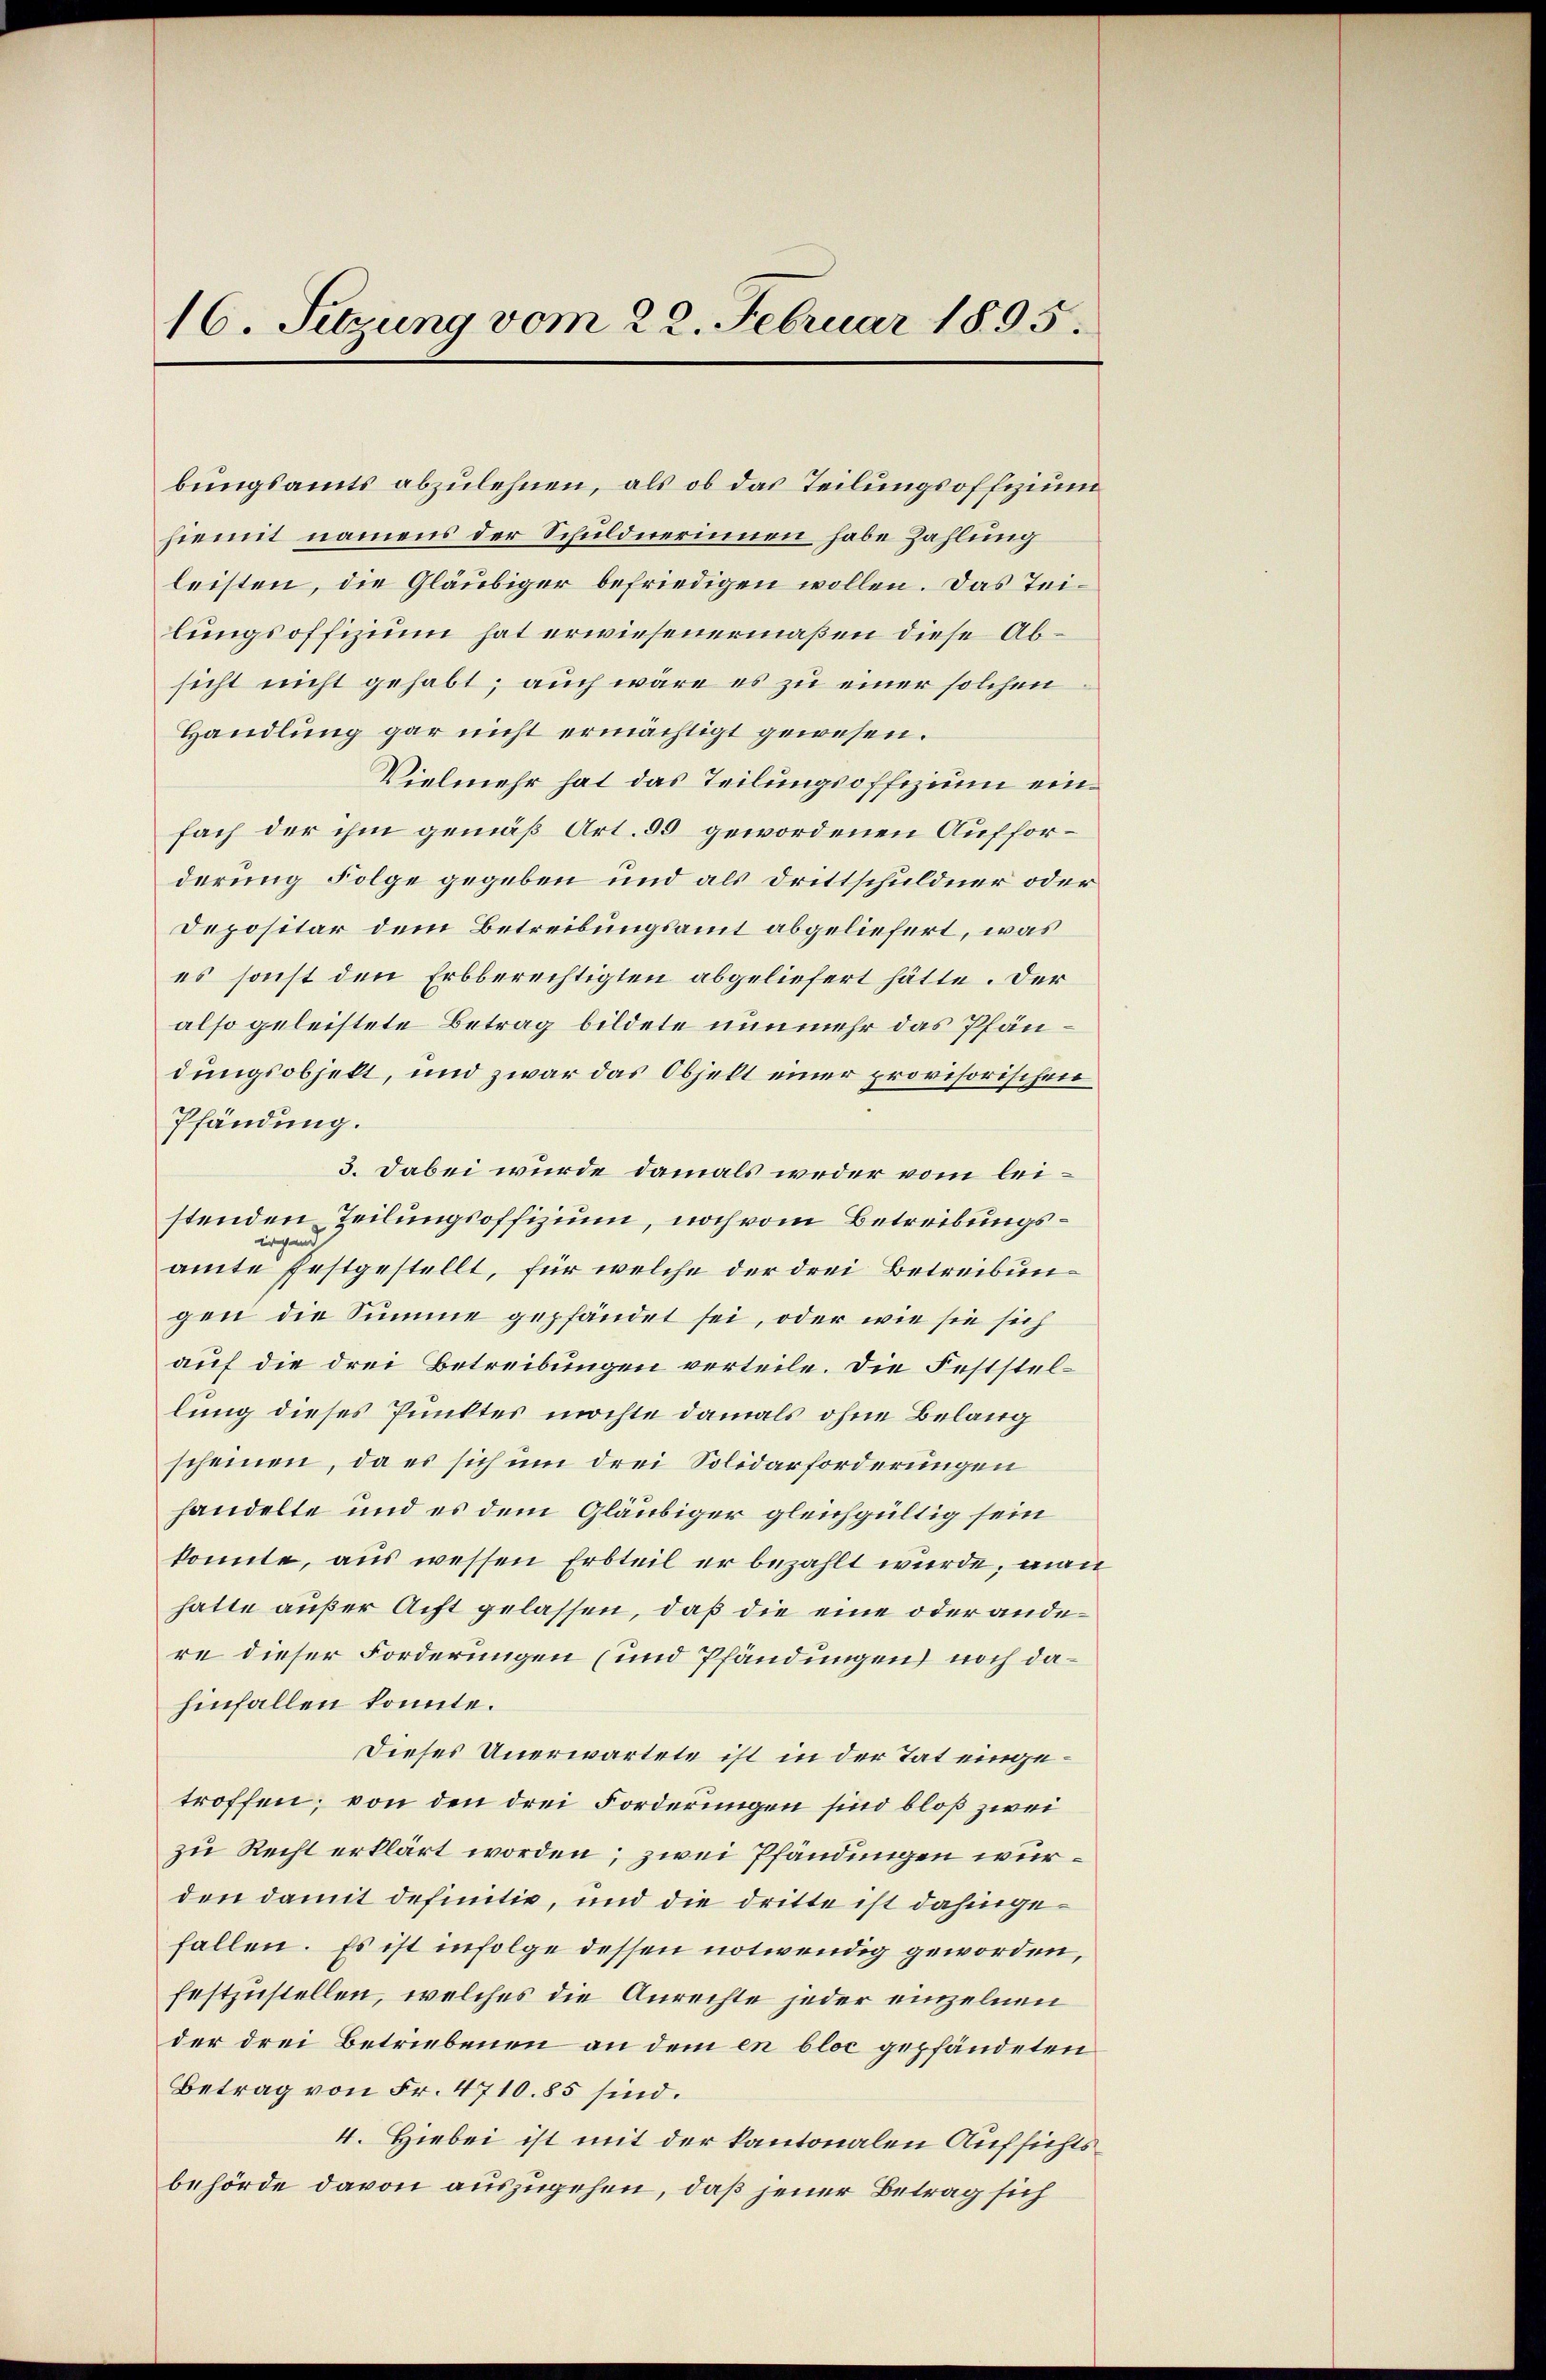
16. Setzung vom 22. Februar 1895.

bungsamts abzulehnen, als ob das Teilungsoffizium
hiemit namens der Schuldnerinnen habe Zahlung
leisten, die Gläubiger befriedigen wollen. Das Teilungsoffizium hat erwiesenermaßen diese Absicht nicht gehabt; auch wäre es zu einer solchen
Handlung gar nicht ermächtigt gewesen.
Vielmehr hat das Teilungsoffizium einfach der ihm gemäß Art. 50 gewordenen Aufforderung Folge gegeben und als Drittschuldner oder
Depositar dem Betreibungsamt abgeliefert, was
es sonst den Erbberechtigten abgeliefert hätte. Der
also geleistete Betrag bildete nunmehr das Pfändungsobjekt, und zwar das Objekt einer provisorischen
Pfändung.
3. Dabei wurde damals weder vom leistenden Teilungsoffizium, noch vom Betreibungsirgen
amte festgestellt, für welche der drei Betreibungen die Summe gepfändet sei, oder wie sie sich
auf die drei Betreibungen verteile. Die Feststellung dieses Punktes möchte damals ohne Belang
scheinen, da es sich um drei Solidarforderungen
handelte und es dem Gläubiger gleichgültig sein
konnte, aus wessen Erbteil er bezahlt wurde, man
hatte außer Acht gelassen, daß die eine oder andere dieser Forderungen (und Pfändungen noch dahinfallen konnte.
Dieses Unerwartete ist in der Tat eingetroffen; von den drei Forderungen sind bloß zwei
zu Recht erklärt worden; zwei Pfändungen würden damit definitiv, und die dritte ist dahingefallen. Es ist infolge dessen notwendig geworden,
festzustellen, welches die Anrechte jeder einzelnen
der drei Betriebenen an dem en bloc gepfändeten
Betrag von Fr. 4710.85 sind.
4. Hiebei ist mit der kantonalen Aufsichtsbehörde davon auszugehen, daß jener Betrag sich